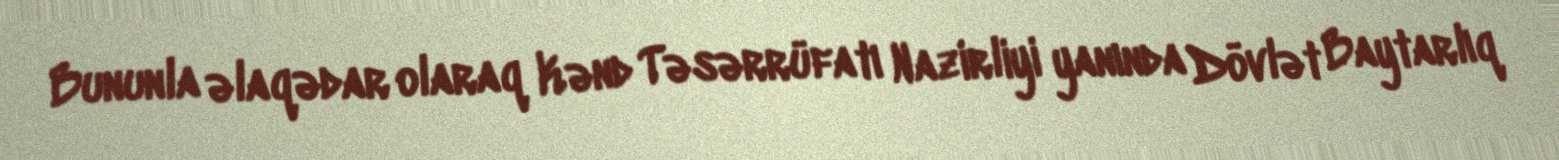
Bununla əlaqədar olaraq Kənd Təsərrüfatı Nazirliyi yanında Dövlət Baytarlıq